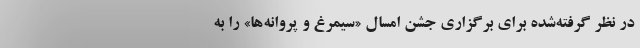
در نظر گرفته‌شده برای برگزاری جشن امسال «سیمرغ و پروانه‌ها» را به